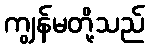
ကျွန်မတို့သည်